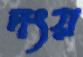
দংয়